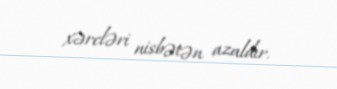
xərcləri nisbətən azaldır.